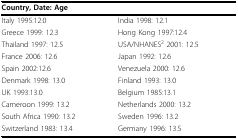
<table><thead><tr><td colspan="2"><b>Country, Date: Age</b></td></tr></thead><tbody><tr><td>Italy 1995:12.0</td><td>India 1998: 12.1</td></tr><tr><td>Greece 1999: 12.3</td><td>Hong Kong 1997:12.4</td></tr><tr><td>Thailand 1997: 12.5</td><td>USA/NHANES<sup>2 </sup>2001: 12.5</td></tr><tr><td>France 2006: 12.6</td><td>Japan 1992: 12.6</td></tr><tr><td>Spain 2002:12.6</td><td>Venezuela 2000: 12.6</td></tr><tr><td>Denmark 1998: 13.0</td><td>Finland 1993: 13.0</td></tr><tr><td>UK 1993:13.0</td><td>Belgium 1985:13.1</td></tr><tr><td>Cameroon 1999: 13.2</td><td>Netherlands 2000: 13.2</td></tr><tr><td>South Africa 1990: 13.2</td><td>Sweden 1996: 13.2</td></tr><tr><td>Switzerland 1983: 13.4</td><td>Germany 1996: 13.5</td></tr></tbody></table>